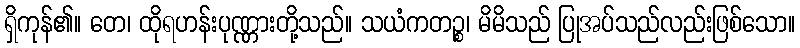
ရှိကုန်၏။ တေ၊ ထိုရဟန်းပုဏ္ဏားတို့သည်။ သယံကတဉ္စ၊ မိမိသည် ပြုအပ်သည်လည်းဖြစ်သော။